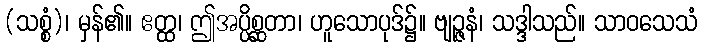
(သစ္စံ)၊ မှန်၏။ ဧတ္ထ၊ ဤအပ္ပိစ္ဆတာ၊ ဟူသောပုဒ်၌။ ဗျဉ္ဇနံ၊ သဒ္ဒါသည်။ သာဝသေသံ